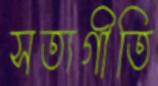
সত্যগীতি